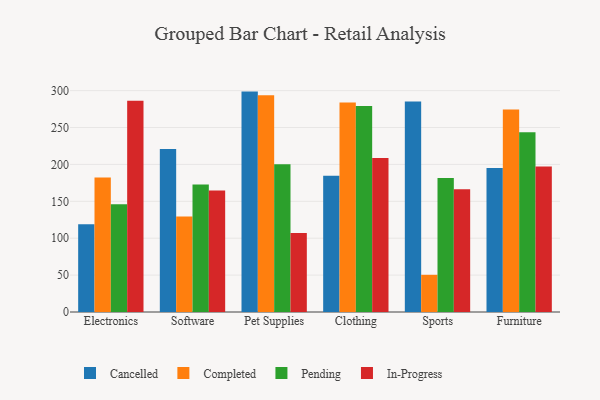
{"axis": {"x": "Category", "y": "Churn Rate (%)"}, "legend": ["Cancelled", "Completed", "In-Progress", "Pending"], "data": [{"x": "Electronics", "y": 118.8, "type": "Cancelled"}, {"x": "Electronics", "y": 182.3, "type": "Completed"}, {"x": "Electronics", "y": 146.1, "type": "Pending"}, {"x": "Electronics", "y": 286.4, "type": "In-Progress"}, {"x": "Software", "y": 220.8, "type": "Cancelled"}, {"x": "Software", "y": 129.4, "type": "Completed"}, {"x": "Software", "y": 172.7, "type": "Pending"}, {"x": "Software", "y": 164.5, "type": "In-Progress"}, {"x": "Pet Supplies", "y": 298.7, "type": "Cancelled"}, {"x": "Pet Supplies", "y": 293.9, "type": "Completed"}, {"x": "Pet Supplies", "y": 200.3, "type": "Pending"}, {"x": "Pet Supplies", "y": 107.2, "type": "In-Progress"}, {"x": "Clothing", "y": 184.5, "type": "Cancelled"}, {"x": "Clothing", "y": 284.0, "type": "Completed"}, {"x": "Clothing", "y": 279.3, "type": "Pending"}, {"x": "Clothing", "y": 208.8, "type": "In-Progress"}, {"x": "Sports", "y": 285.2, "type": "Cancelled"}, {"x": "Sports", "y": 50.4, "type": "Completed"}, {"x": "Sports", "y": 181.5, "type": "Pending"}, {"x": "Sports", "y": 166.3, "type": "In-Progress"}, {"x": "Furniture", "y": 195.0, "type": "Cancelled"}, {"x": "Furniture", "y": 274.4, "type": "Completed"}, {"x": "Furniture", "y": 243.6, "type": "Pending"}, {"x": "Furniture", "y": 197.1, "type": "In-Progress"}]}